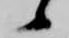
候